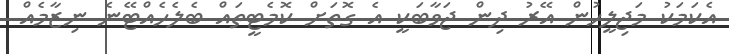
އެކަމަކު މަޖިލީހުން އޭރު ދިން ޖަވާބަކީ އެ ގޮތަށް ކޮމެޓީތައް ބެލެހެއްޓޭނެ ނިޒާމެއް